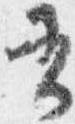
書